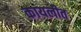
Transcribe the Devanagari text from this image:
कायलीत